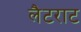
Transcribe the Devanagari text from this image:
लैटराट